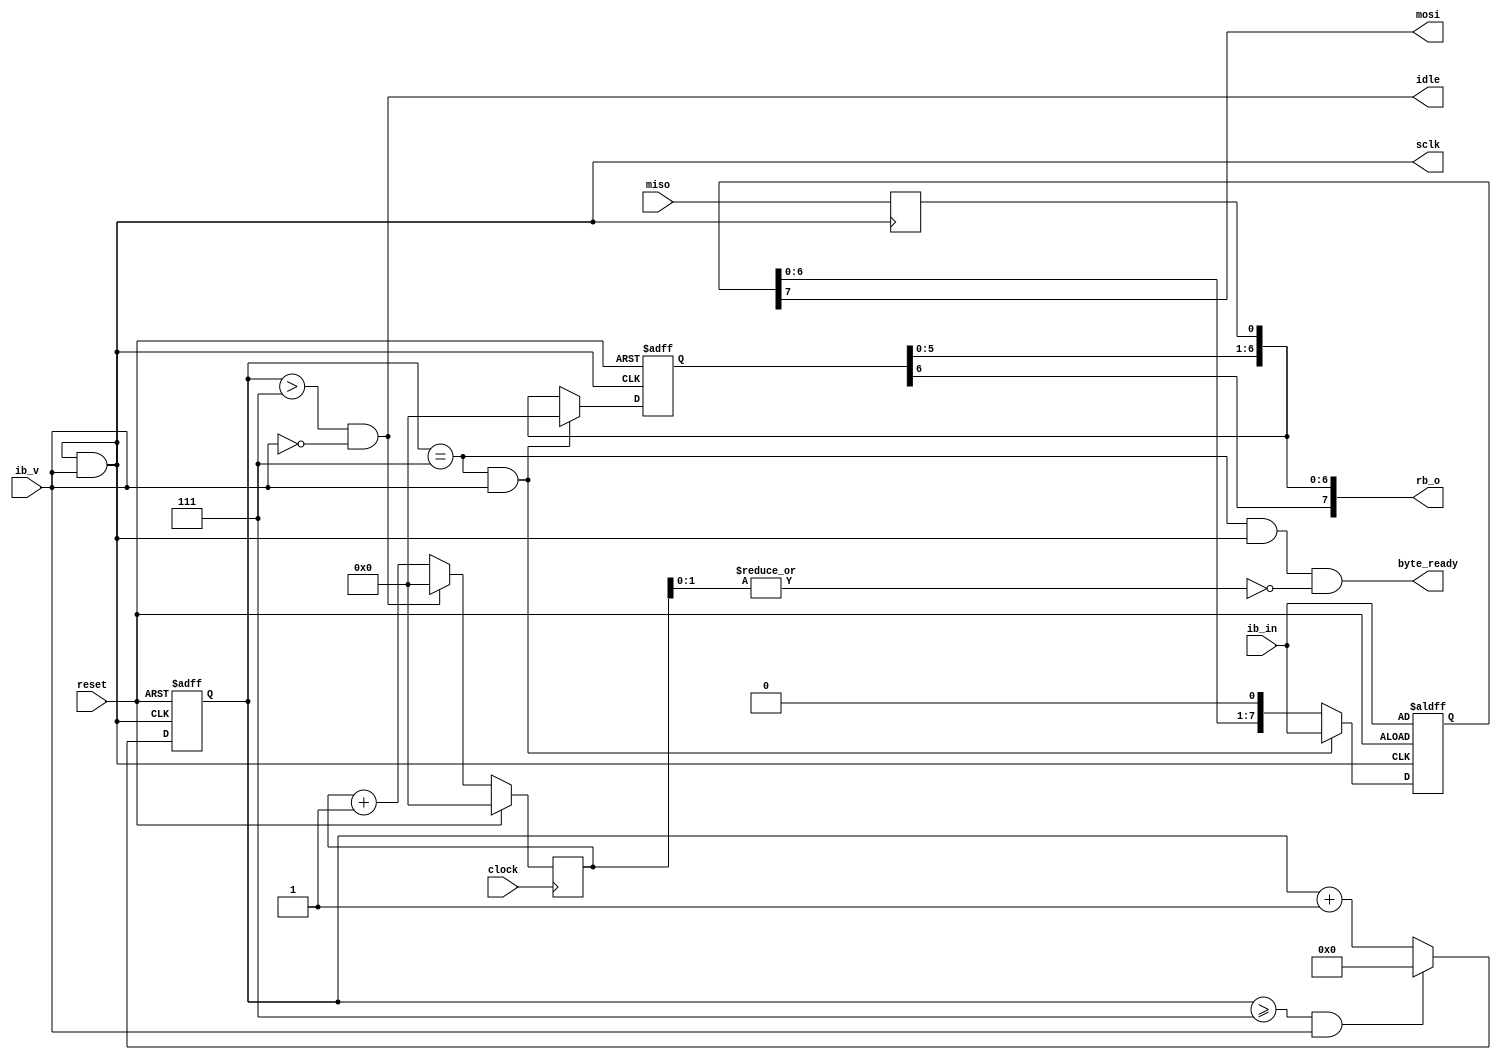
module SPIbs(input clock,
             input reset, 
             // input byte valid
             input wire ib_v, 
             // input byte value
             input wire [7:0] ib_in,
             output wire [7:0] rb_o,
             output wire idle,

             output wire byte_ready,
             output wire sclk,
             output wire mosi,
             input wire miso
             );

   
   
   
   
  

    assign sclk = divclk; 
    assign sclk = divclk & ib_v;
    assign byte_ready = (sc == 4'd7) & divcnt[2] & ~(|divcnt[1:0]);
    reg [7:0] wb; 
    
    reg [6:0] divcnt;
    reg [3:0] sc;
	reg [6:0] rb;
	reg tr;
    wire divclk;

    assign divclk = divcnt[2];
    assign idle =  (sc > 4'd7) & ~ib_v;
    assign mosi = wb[7];
    assign rb_o = {rb[6:0], tr};


    always @(posedge clock )begin
        if (reset) begin
            divcnt <= 0;
        end else begin
            divcnt <= idle ? 0 :  divcnt +1'b1;
        end 
    end


    always @(posedge divclk) begin 
        tr <= miso;
        
    end 

    always @(negedge divclk or posedge reset ) begin
		  if (reset) begin
				rb <= 7'd0;
				wb <= ib_in;
				sc <= 4'd0;
		  end else begin
				rb         <= ((sc == 4'd7) & ib_v) ? 7'd0  : {rb[5:0], tr};
				wb         <= ((sc == 4'd7) & ib_v) ? ib_in : {wb[6:0], 1'b0};
				sc         <= ((sc >= 4'd7) & ib_v) ? 4'd0  : sc + 1'b1;
			end
    end

endmodule